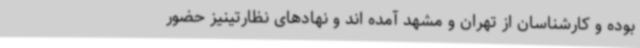
بوده و کارشناسان از تهران و مشهد آمده اند و نهادهای نظارتینیز حضور